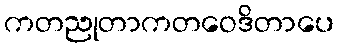
ကတညုတာကတဝေဒိတာပေ